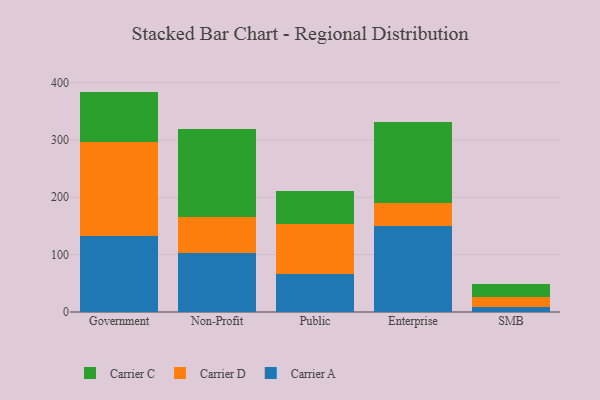
{"axis": {"x": "Segment", "y": "Operating Costs (USD K)"}, "legend": ["Carrier A", "Carrier C", "Carrier D"], "data": [{"x": "Government", "y": 132.6, "type": "Carrier A"}, {"x": "Government", "y": 163.7, "type": "Carrier D"}, {"x": "Government", "y": 87.8, "type": "Carrier C"}, {"x": "Non-Profit", "y": 102.2, "type": "Carrier A"}, {"x": "Non-Profit", "y": 64.2, "type": "Carrier D"}, {"x": "Non-Profit", "y": 152.2, "type": "Carrier C"}, {"x": "Public", "y": 66.9, "type": "Carrier A"}, {"x": "Public", "y": 86.6, "type": "Carrier D"}, {"x": "Public", "y": 57.9, "type": "Carrier C"}, {"x": "Enterprise", "y": 149.2, "type": "Carrier A"}, {"x": "Enterprise", "y": 41.1, "type": "Carrier D"}, {"x": "Enterprise", "y": 140.8, "type": "Carrier C"}, {"x": "SMB", "y": 7.9, "type": "Carrier A"}, {"x": "SMB", "y": 18.0, "type": "Carrier D"}, {"x": "SMB", "y": 22.9, "type": "Carrier C"}]}